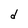
Character: d